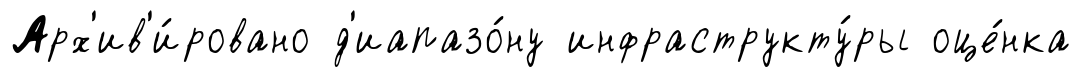
Арх'ив'и́ровано д'иапазо́ну инфраструкту́ры оце́нка